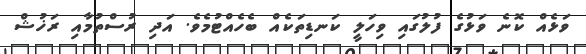
ވަޅެއް ކޮނެ ވަޅުގެ ފުލުގައި ވިހަލީ ކަނޑިތަކެއް ބެހެއްޓުމެވެ. އަދި ރުސްތުމާއި ރަޚުޝް